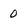
Character: 0